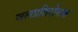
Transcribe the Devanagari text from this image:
जलप्रतिरोधक